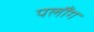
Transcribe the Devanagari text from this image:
पलौंग